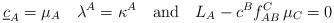
LaTeX: \begin{align*}\underline{c}_A = \mu_A \quad \lambda^A = \kappa ^A \quad \mbox{and} \quad L_A - c^B f_{AB}^C \,\mu_C = 0\end{align*}